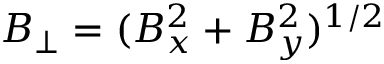
B _ { \perp } = ( B _ { x } ^ { 2 } + B _ { y } ^ { 2 } ) ^ { 1 / 2 }